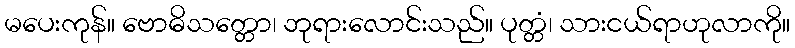
မပေးကုန်။ ဗောဓိသတ္တော၊ ဘုရားလောင်းသည်။ ပုတ္တံ၊ သားငယ်ရာဟုလာကို။